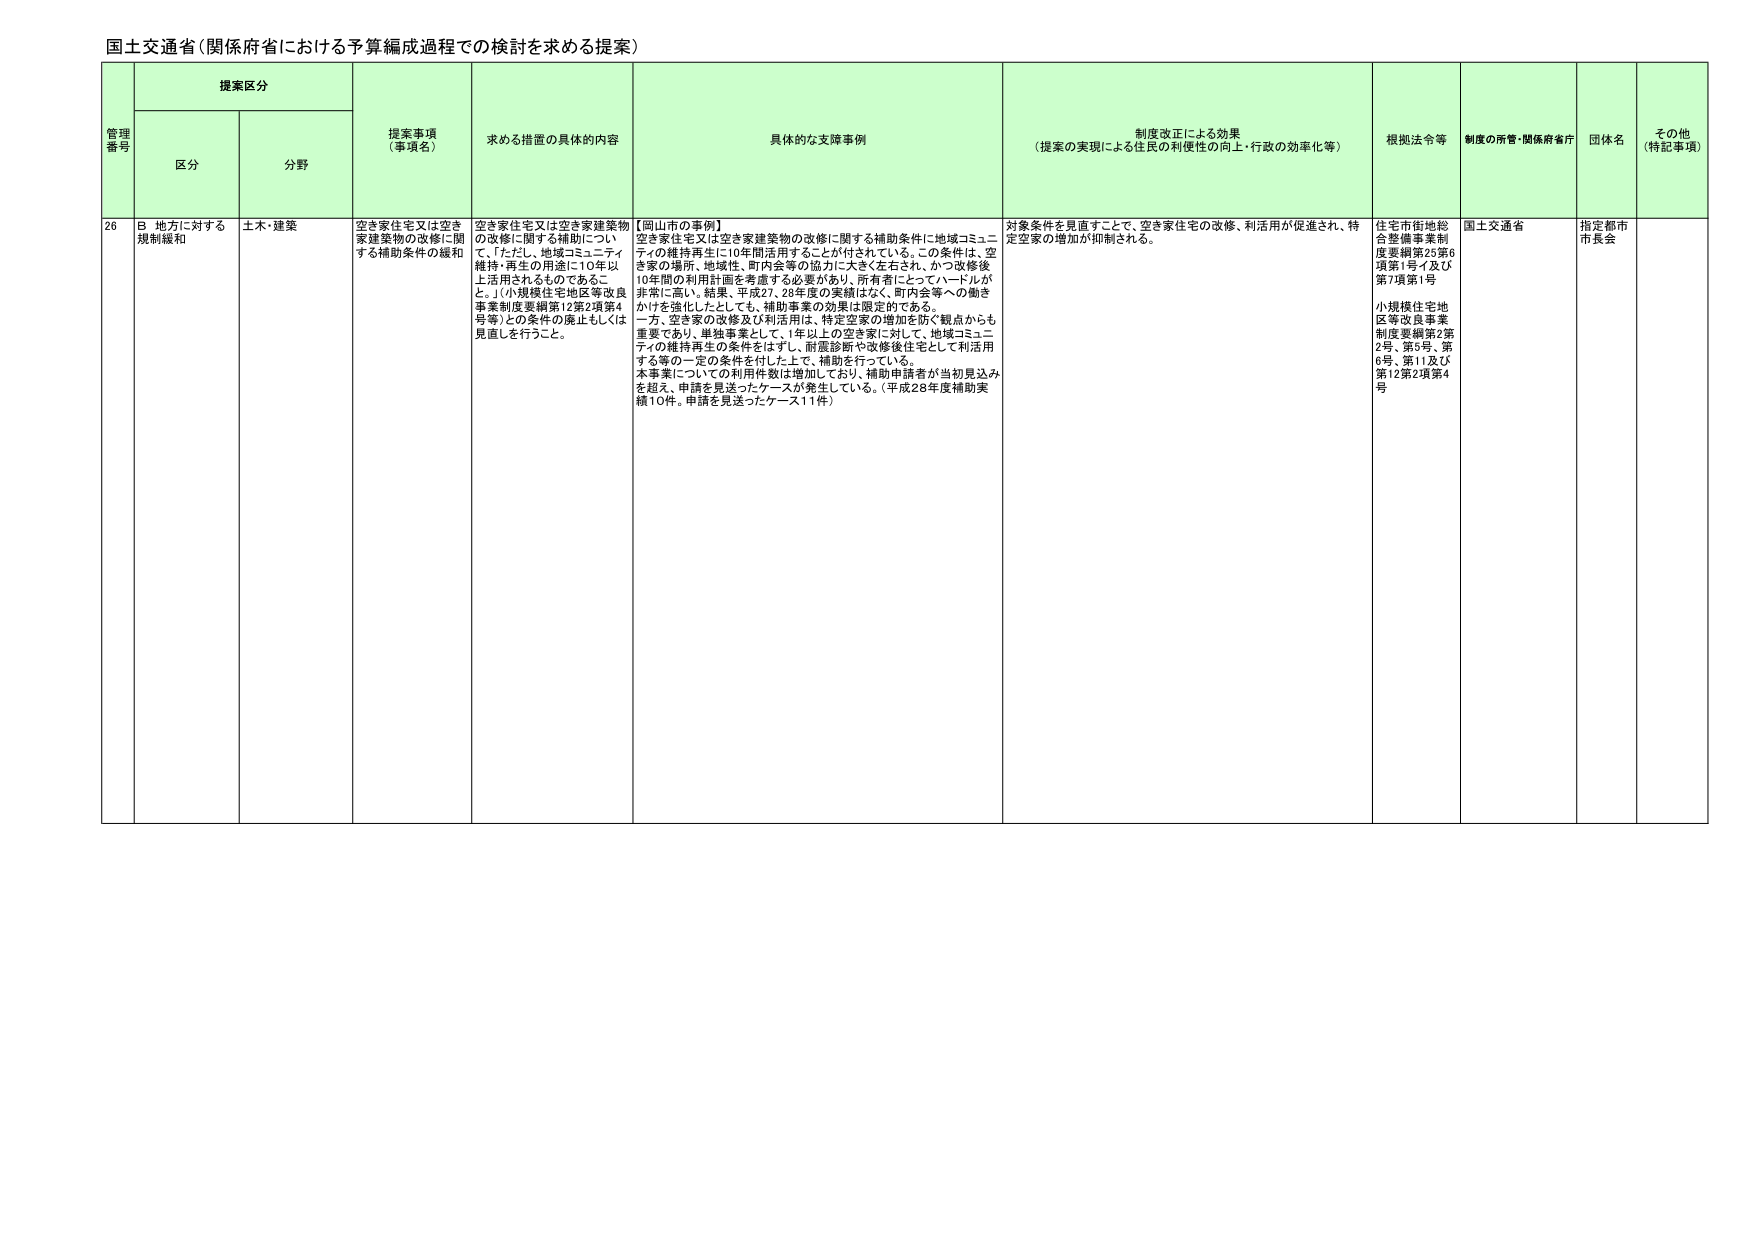
国土交通省（関係府省における予算編成過程での検討を求める提案）

管理番号　提案区分　提案事項（事項名）　求める措置の具体的内容　具体的な支援事例　制度改正による効果（提案の実現による住民の利便性の向上・行政の効率化等）　根拠法令等　制度の所管・関係府省庁　団体名　その他（特記事項）

26　B 地方に対する規制緩和　土木・建築　空き家住宅又は空き家建築物の改修に関する補助条件の緩和　空き家住宅又は空き家建築物の改修に関する補助について、ただし、地域コミュニティ維持・再生の用途に10年以上活用されるものであること。（小規模住宅地区等改良事業制度要綱第12第2項第4号等）との条件の廃止もしくは見直しを行うこと。　【岡山市の事例】空き家住宅又は空き家建築物の改修に関する補助条件に地域コミュニティの維持再生に10年間活用することが付されている。この条件は、空き家の場所、地域性、町内会等の協力に大きく左右され、かつ改修後10年間の利用計画を考慮する必要があり、所有者にとってハードルが非常に高い。結果、平成27、28年度の実績はなく、町内会等への働きかけを強化したとしても、補助事業の効果は限定的である。一方、空き家の改修及び利活用は、特定空家の増加を防ぐ観点からも重要であり、単独事業として、1年以上の空き家に対して、地域コミュニティの維持再生の条件をはずし、耐震診断や改修後住宅として利活用する等の一定の条件を付した上で、補助を行っている。本事業についての利用件数は増加しており、補助申請者が当初見込みを超え、申請を見送ったケースが発生している。（平成28年度補助実績10件。申請を見送ったケース11件）　対象条件を見直すことで、空き家住宅の改修、利活用が促進され、特定空家の増加が抑制される。　住宅市街地総合整備事業制度要綱第25第6項第1号イ及び第7項第1号　小規模住宅地区等改良事業制度要綱第2第2号、第5号、第6号、第11及び第12第2項第4号　国土交通省　指定都市市長会